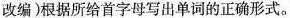
改编)根据所给首字母写出单词的正确形式。